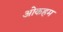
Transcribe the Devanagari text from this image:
ओकहम